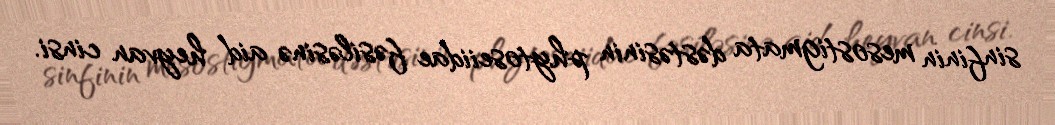
sinfinin mesostigmata dəstəsinin phytoseiidae fəsiləsinə aid heyvan cinsi.